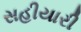
સહીયારી